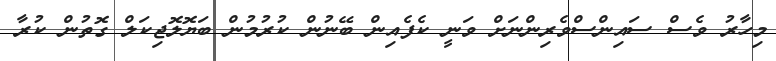
މިހާރު ވެސް ސައިންސްވެރިންނަށް ވަނީ ކެފެއިން ބޭނުން ކުރުމުން ބަޔޮލޮޖިކަލް ގޮތުން ކުރާ